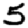
Digit: 5